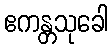
ဧကန္တသုခေါ